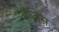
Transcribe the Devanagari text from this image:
हॉजेस